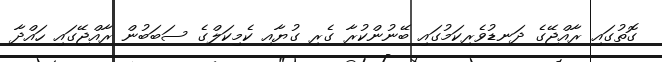
ގޮތުގައި ރާއްޖޭގެ ދަނޑުވެރިކަމުގައި ބޭނުންކުރާ ގެރި ގުޔާއި ކެމިކަލްގެ ސަބަބުން ރާއްޖޭގައި ހައްދާ